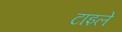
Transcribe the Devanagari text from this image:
टाइले